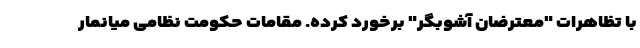
با تظاهرات "معترضان آشوبگر" برخورد کرده. مقامات حکومت نظامی میانمار